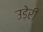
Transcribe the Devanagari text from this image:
उड़ेरी